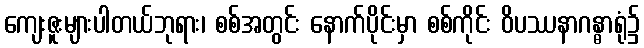
ကျေးဇူးများပါတယ်ဘုရား၊ စစ်အတွင်း နောက်ပိုင်းမှာ စစ်ကိုင်း ဝိပဿနာဂန္ဓာရုံ၌